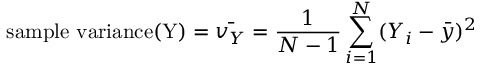
{ \mathrm { s a m p l e ~ v a r i a n c e ( Y ) } } = { \bar { v _ { Y } } } = { \frac { 1 } { N - 1 } } \sum _ { i = 1 } ^ { N } ( Y _ { i } - { \bar { y } } ) ^ { 2 }